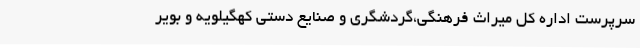
سرپرست اداره کل میراث فرهنگی،گردشگری و صنایع دستی کهگیلویه و بویر